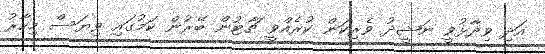
އަދި ވިދާޅުވީ ނަޝީދު ވެރިކަން ކުރެއްވީ ޗާޓުން ބޭރުން ކަމުގައި ވިޔަސް މިހާރު